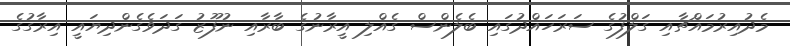
މެދުއިރުމައްޗާއި ގަލްފުގެ ސަރަހައްދުގައި ބެލެންސް ގެއްލި އީރާނުގެ ބާރާއި ނުފޫޒު ގަދަވެގެންދިޔައީ އިރާގުގެ